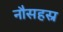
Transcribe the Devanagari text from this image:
नौसहस्र